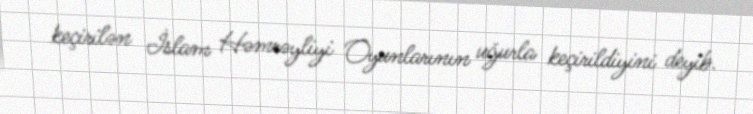
keçirilən İslam Həmrəyliyi Oyunlarının uğurla keçirildiyini deyib.